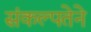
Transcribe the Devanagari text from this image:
संकल्पतेने